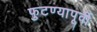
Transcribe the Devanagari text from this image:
फुटण्यापूर्वी